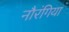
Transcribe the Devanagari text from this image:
नौरंगिया